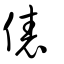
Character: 俵